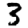
Digit: 3